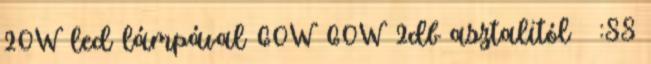
20W led lámpával 60W 60W 2db asztalitól 😛 :SS